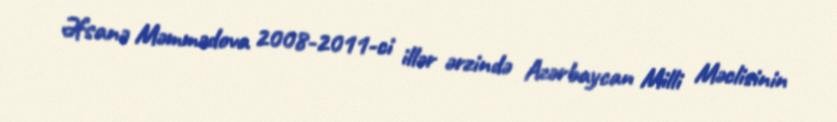
Əfsanə Məmmədova 2008-2011-ci illər ərzində Azərbaycan Milli Məclisinin